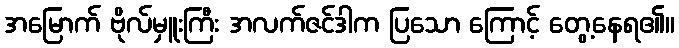
အမြောက် ဗိုလ်မှူးကြီး အလက်ဇင်ဒါက ပြသော ကြောင့် တွေ့နေရ၏။